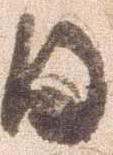
日